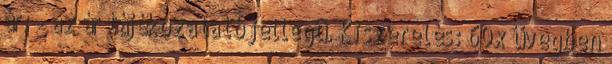
ár: - az ár tájékozatató jellegű. Kiszerelés: 60x üvegben